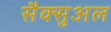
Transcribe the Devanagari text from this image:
सैक्सुअल